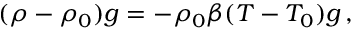
( \rho - \rho _ { 0 } ) g = - \rho _ { 0 } \beta ( T - T _ { 0 } ) g \, ,